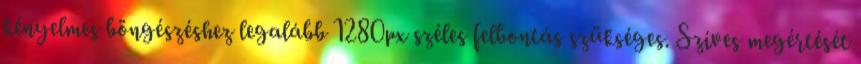
kényelmes böngészéshez legalább 1280px széles felbontás szükséges. Szíves megértését